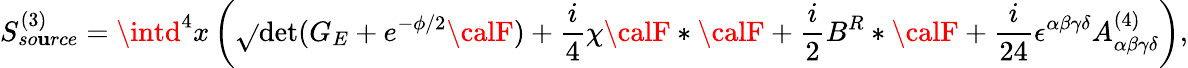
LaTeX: S_{so\mathbf{u}rce}^{(3)}=\intd^{4}x\left(\sqrt{}{{\operatorname*{det}(G_{E}+e^{-\phi/2}{\calF})}}+{\frac{{i}}{{4}}}\chi{\calF}*{\calF}+{\frac{{i}}{{2}}}B^{R}*{\calF}+{\frac{{i}}{{24}}}\epsilon^{\alpha\beta\gamma\delta}A_{\alpha\beta\gamma\delta}^{(4)}\right),